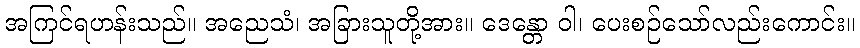
အကြင်ရဟန်းသည်။ အညေသံ၊ အခြားသူတို့အား။ ဒေန္တော ဝါ၊ ပေးစဉ်သော်လည်းကောင်း။